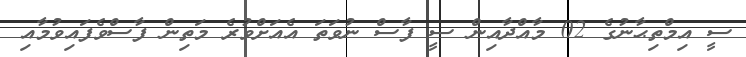
ސީ އިމްތިޙާނުގެ 02 މާއްދާއިން ސީ ފާސް ނުވަތަ އެއަށްވުރެ މަތިން ފާސްވެފައިވުމާއި